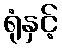
ရုံနှင့်